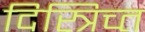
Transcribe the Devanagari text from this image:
दिस्त्रिच्त